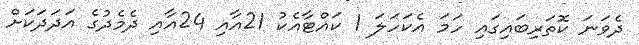
ދެވަނަ ކޮތަރިބައިގައި ހަމަ އެކަހަލަ 1 ކައްޓާއެކު 21އާއި 24އާއި ދެމެދުގެ އަދަދަކަށް